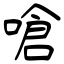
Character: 嗆